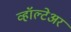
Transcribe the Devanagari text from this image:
व्हॉल्टेअर